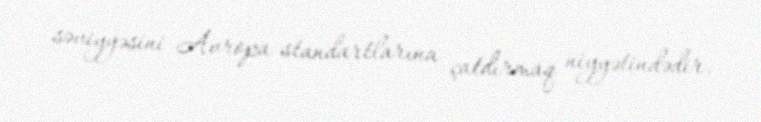
səviyyəsini Avropa standartlarına çatdırmaq niyyətindədir.